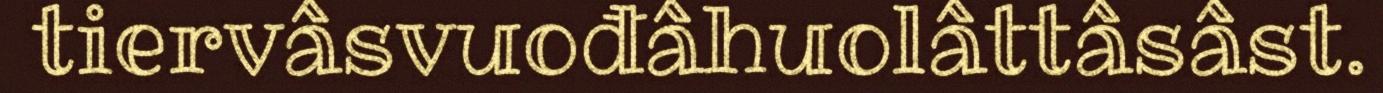
tiervâsvuođâhuolâttâsâst.